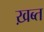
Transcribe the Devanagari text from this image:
ख़ब्त